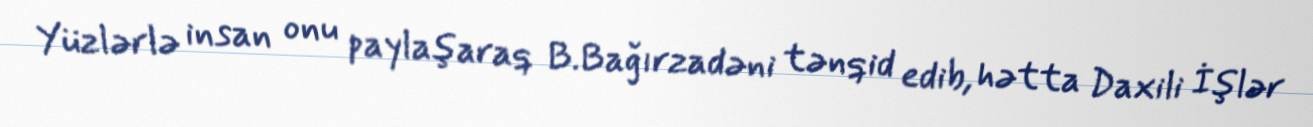
Yüzlərlə insan onu paylaşaraq B.Bağırzadəni tənqid edib, hətta Daxili İşlər